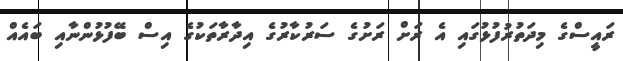
ރައީސްގެ މިދަތުރުފުޅުގައި އެ ރަށް ރަށުގެ ސަރުކާރުގެ އިދާރާތަކުގެ އިސް ބޭފުޅުންނާއި ބައެއް